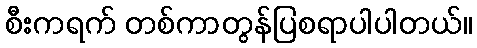
စီးကရက် တစ်ကာတွန်ပြစရာပါပါတယ်။